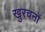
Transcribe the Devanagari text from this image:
खुरचनों